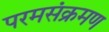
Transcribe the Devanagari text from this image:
परमसंक्रमण